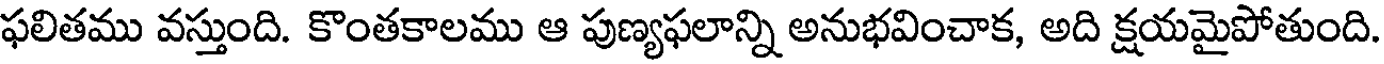
ఫలితము వస్తుంది. కొంతకాలము ఆ పుణ్యఫలాన్ని అనుభవించాక, అది క్షయమైపోతుంది